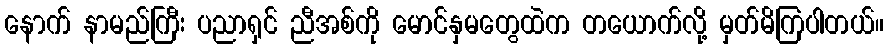
နောက် နာမည်ကြီး ပညာရှင် ညီအစ်ကို မောင်နှမတွေထဲက တယောက်လို့ မှတ်မိကြပါတယ်။